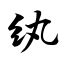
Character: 纨